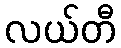
လယ်တီ